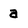
Character: a